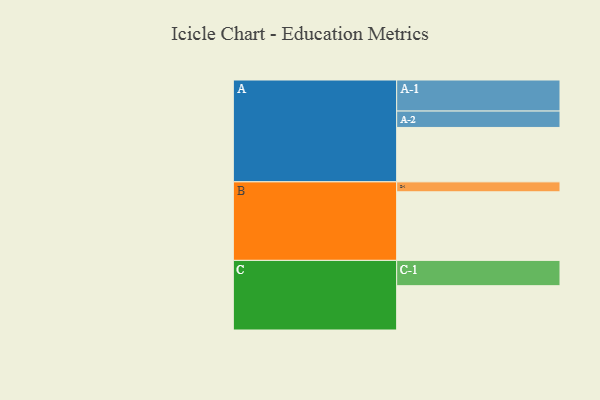
{"axis": {"x": "Segment", "y": "Value"}, "legend": ["", "A", "B", "C"], "data": [{"x": "A", "y": 464, "type": ""}, {"x": "B", "y": 585, "type": ""}, {"x": "C", "y": 378, "type": ""}, {"x": "A-1", "y": 265, "type": "A"}, {"x": "A-2", "y": 140, "type": "A"}, {"x": "B-1", "y": 85, "type": "B"}, {"x": "C-1", "y": 216, "type": "C"}]}